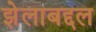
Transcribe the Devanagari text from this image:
झेलाबद्दल